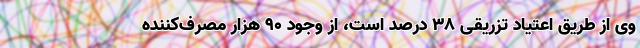
وی از طریق اعتیاد تزریقی ۳۸ درصد است، از وجود ۹۰ هزار مصرف‌‌کننده